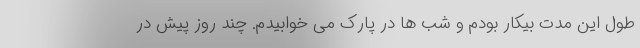
طول این مدت بیکار بودم و شب ها در پارک می خوابیدم. چند روز پیش در